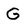
Character: G